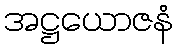
အဋ္ဌယောဇနံ